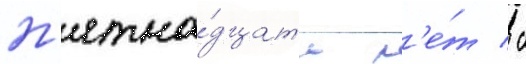
п'ятна́дцать л'е́т / с